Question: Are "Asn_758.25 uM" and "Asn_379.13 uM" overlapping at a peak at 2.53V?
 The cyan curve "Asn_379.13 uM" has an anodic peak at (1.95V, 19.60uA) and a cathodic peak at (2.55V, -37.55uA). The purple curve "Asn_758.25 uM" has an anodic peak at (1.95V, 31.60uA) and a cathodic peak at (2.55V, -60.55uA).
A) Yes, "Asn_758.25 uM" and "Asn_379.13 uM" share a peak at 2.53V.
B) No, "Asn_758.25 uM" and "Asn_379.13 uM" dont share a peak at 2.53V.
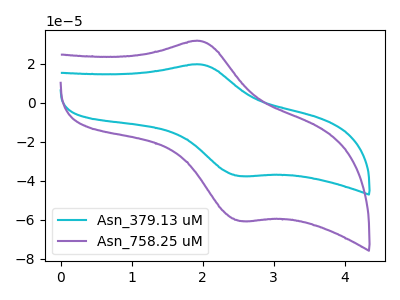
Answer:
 <answer>A) Yes, "Asn_758.25 uM" and "Asn_379.13 uM" share a peak at 2.53V.</answer>
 <eval>A</eval>